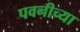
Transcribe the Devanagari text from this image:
पवनीच्या